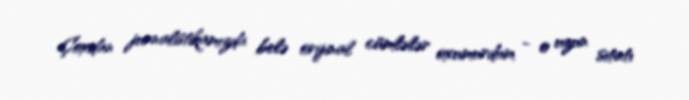
Çoxdan jurnalistikamızda belə orijinal cümlələr oxumurdum - o uzun sitatı